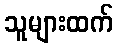
သူများထက်